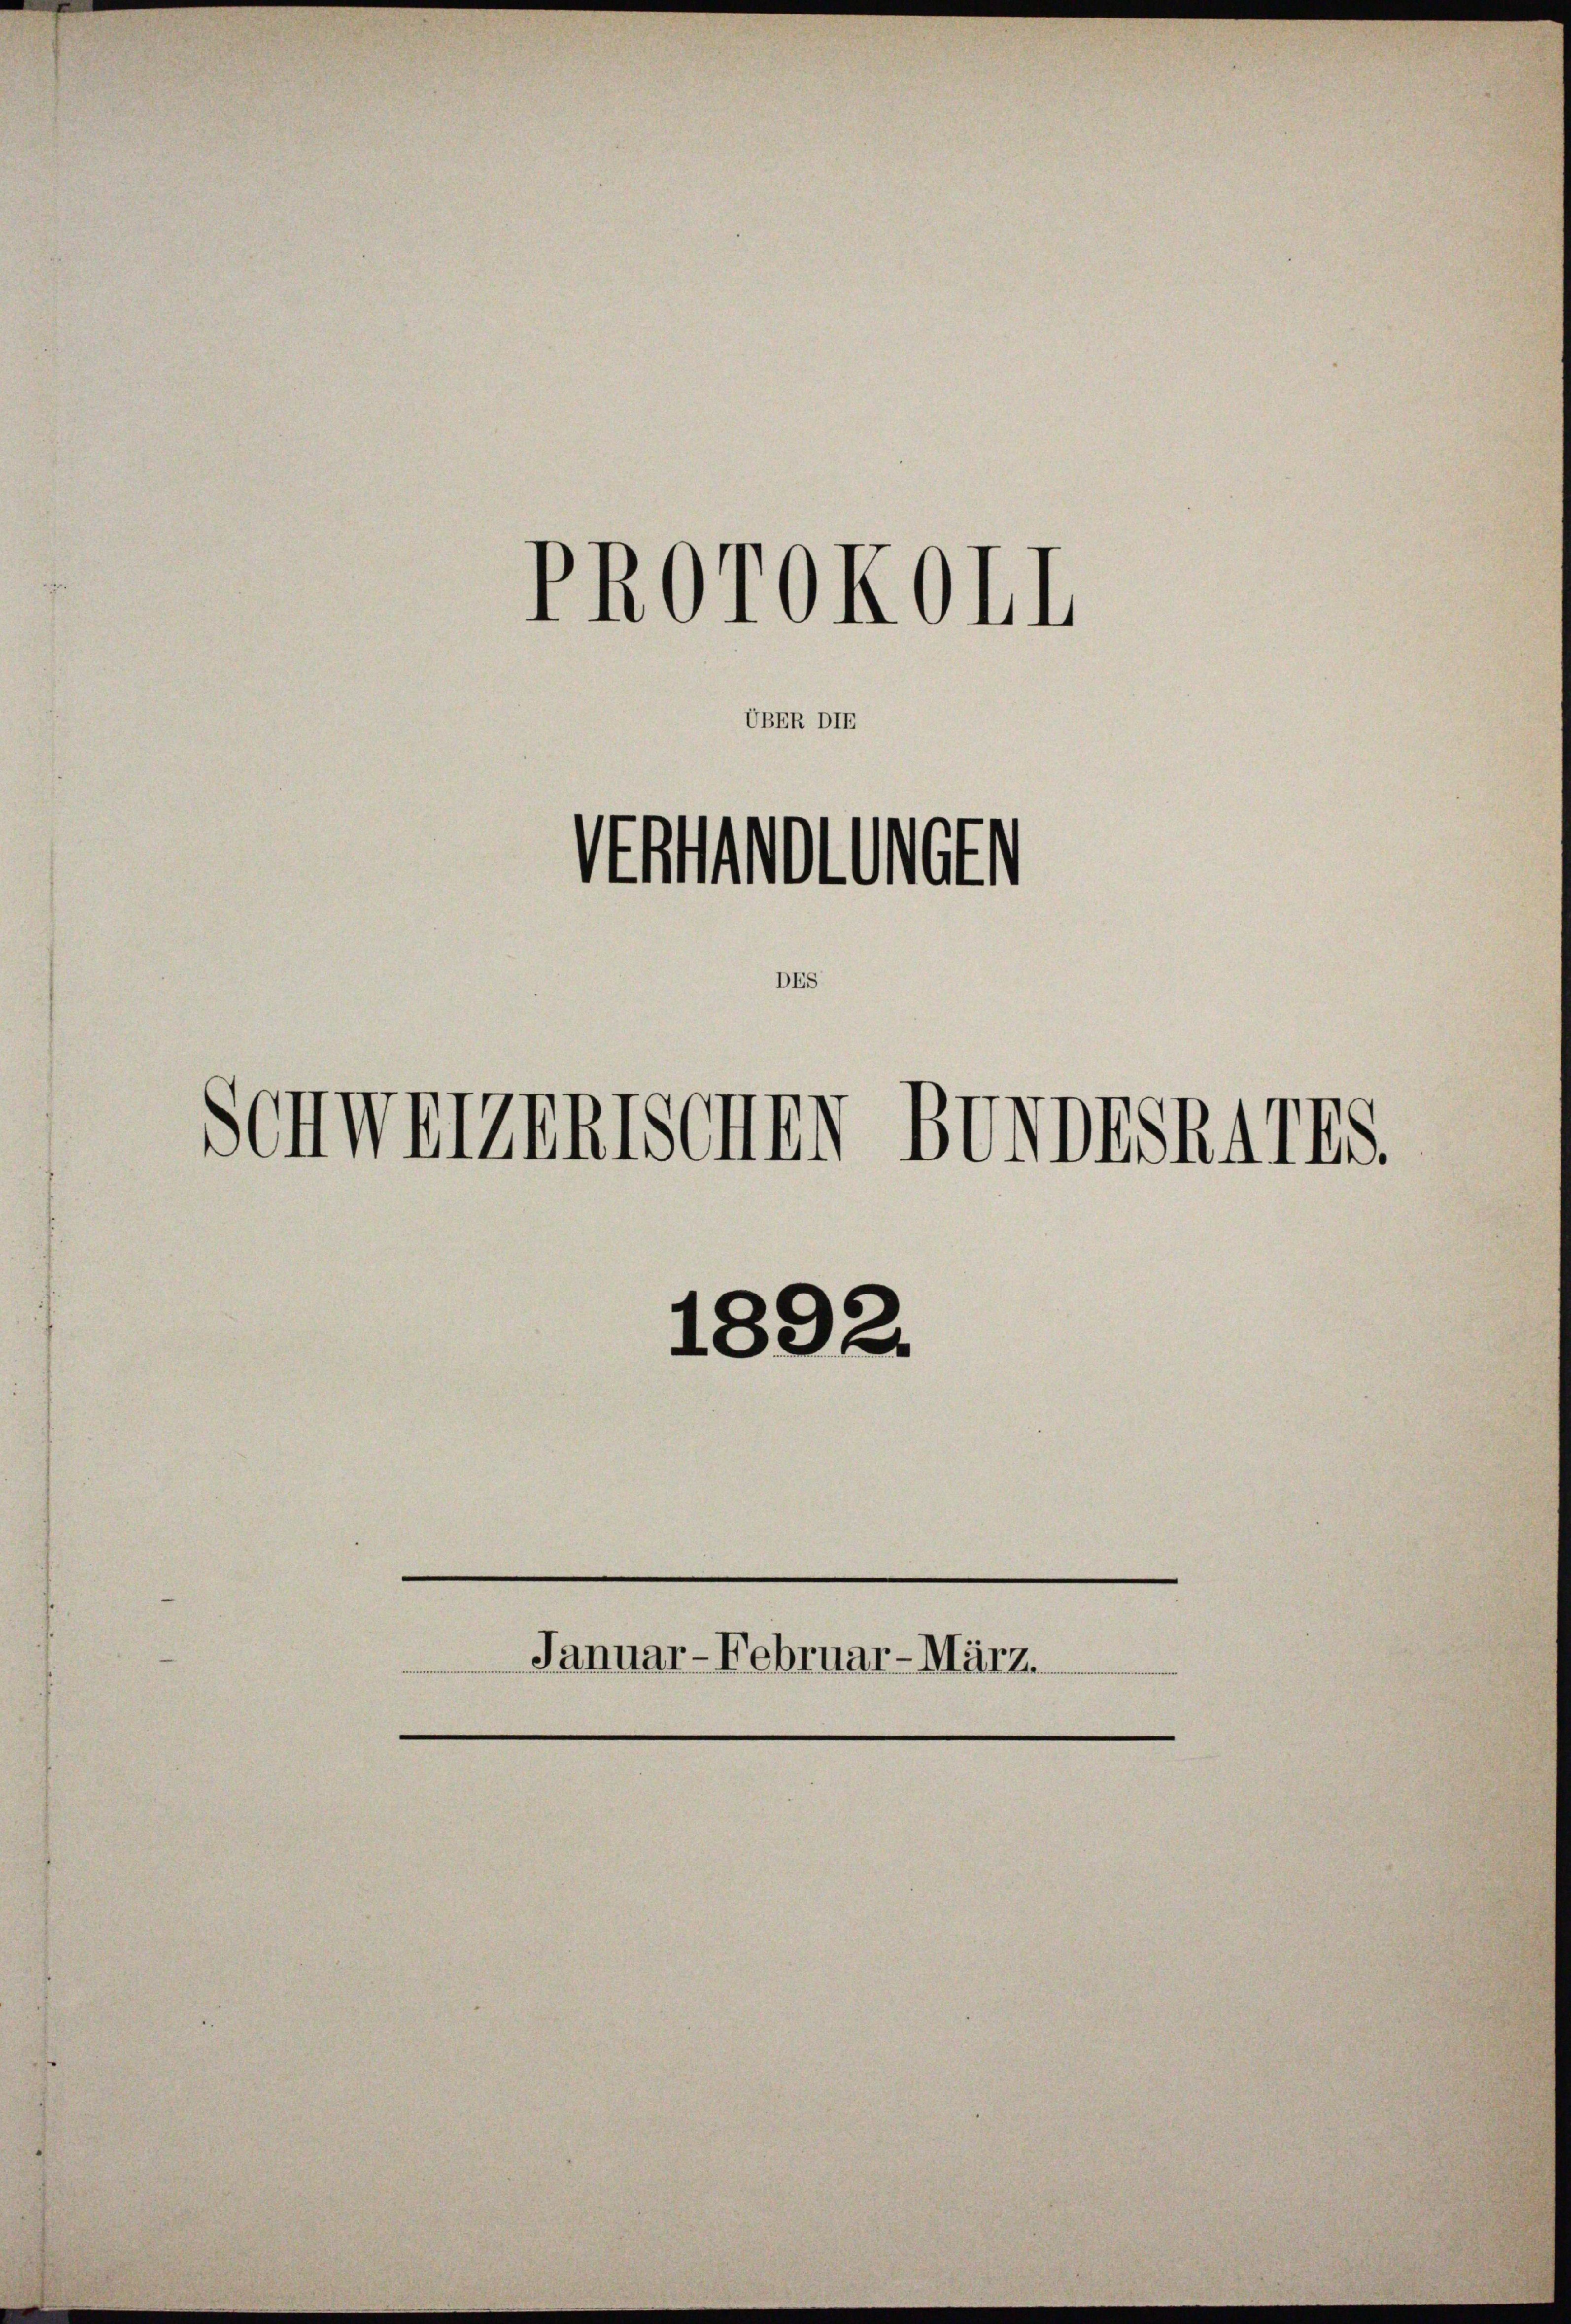
UBER DIE
Uft
UGE
DES

1
14070KOII

Schweizerischen Bundeskarts.
1892.
Januar-Februar-März.